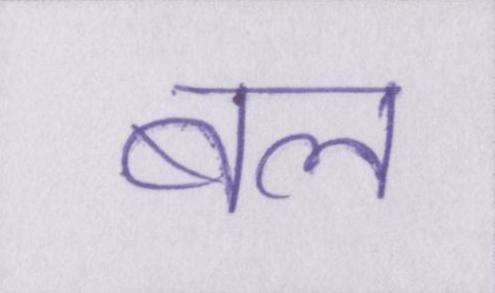
बल